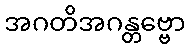
အဂတိအဂန္တဗ္ဗော